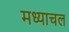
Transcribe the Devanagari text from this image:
मध्याचल